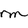
Character: M